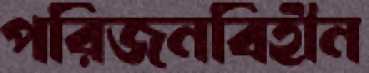
পরিজনবিহীন